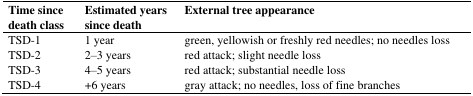
| Time since death class | Estimated years since death | External tree appearance |
 | --- | --- | --- |
 | TSD-1 | 1 year | green, yellowish or freshly red needles; no needles loss |
 | TSD-2 | 2–3 years | red attack; slight needle loss |
 | TSD-3 | 4–5 years | red attack; substantial needle loss |
 | TSD-4 | +6 years | gray attack; no needles, loss of fine branches |